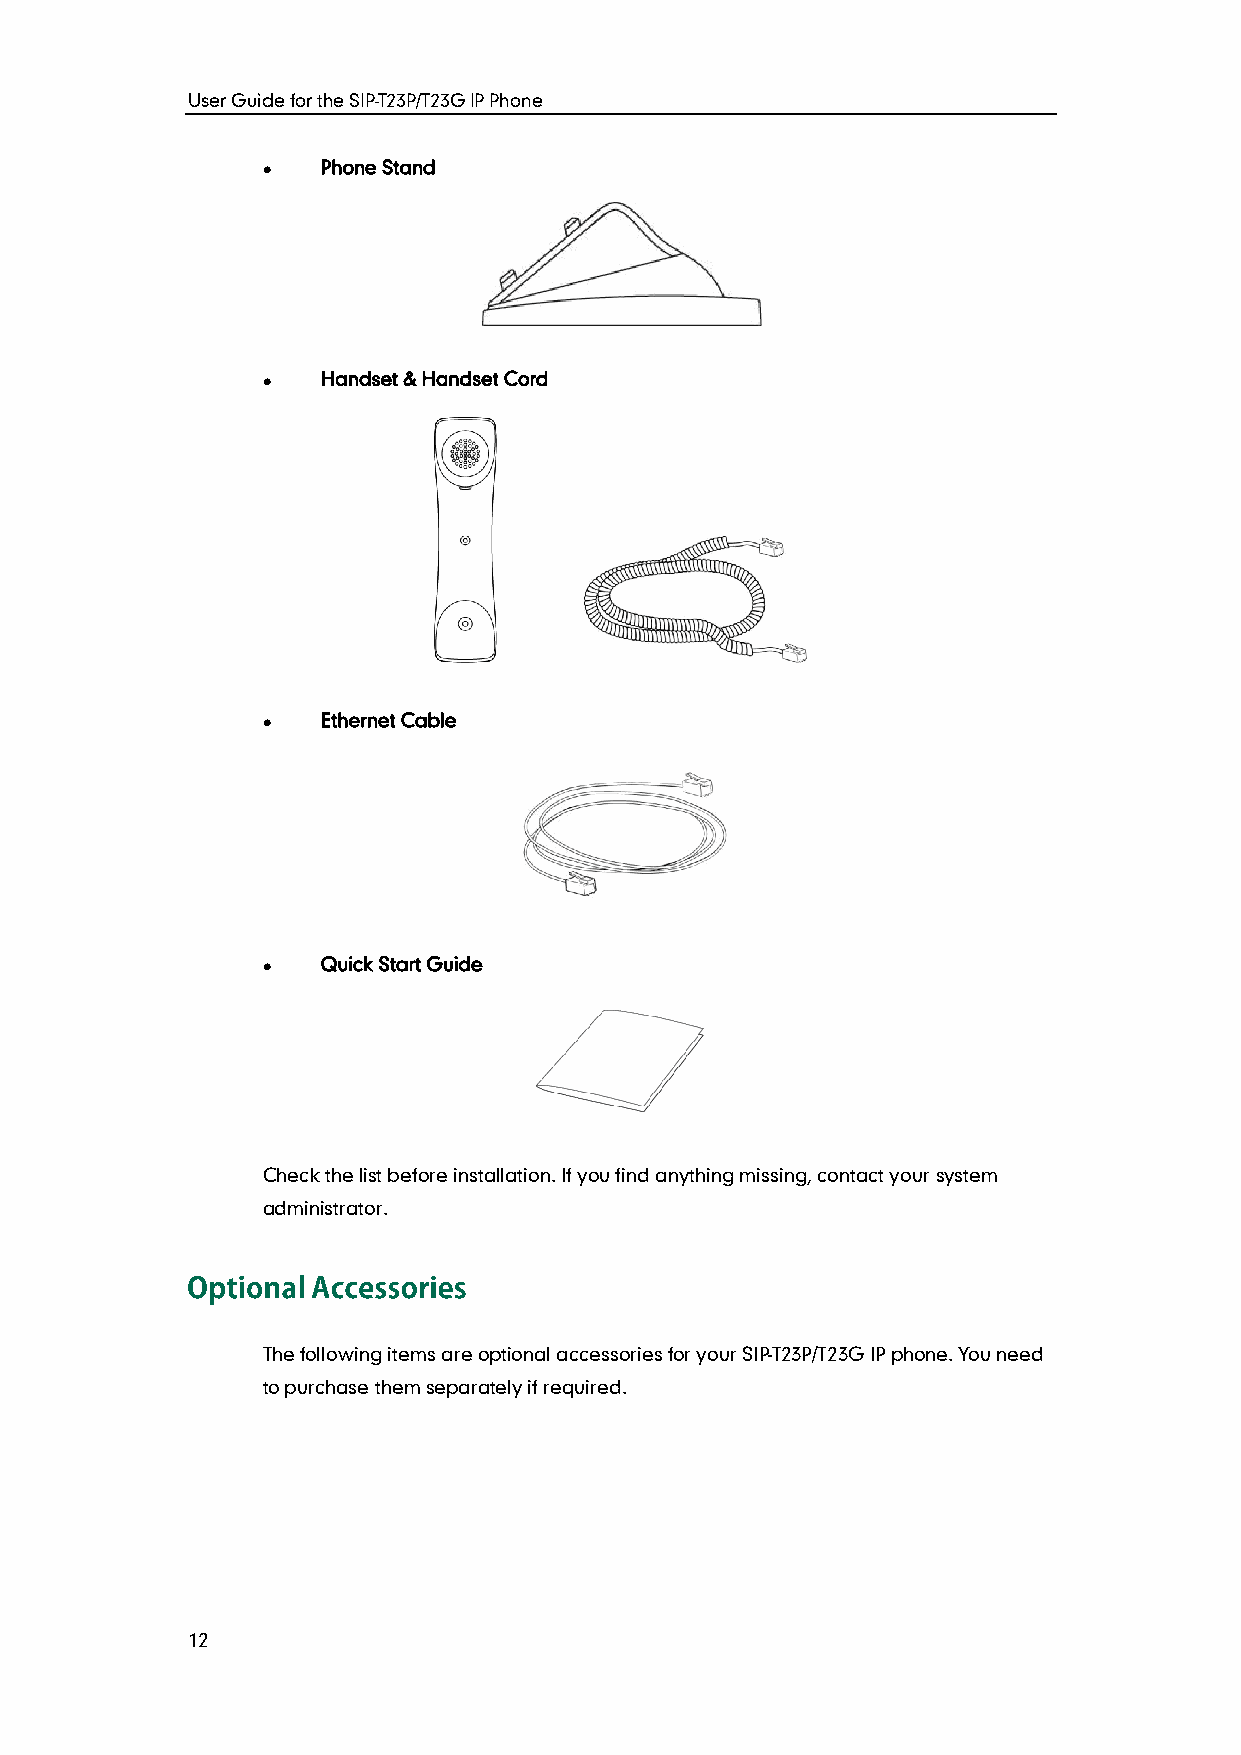
User Guide for the SIP-T23P/T23G IP Phone
    Phone Stand
    Handset & Handset Cord
    Ethernet Cable
    Quick Start Guide
 Check the list before installation. If you find anything missing, contact your system
 administrator.
 The following items are optional accessories for your SIP-T23P/T23G IP phone. You need
 to purchase them separately if required.
 12